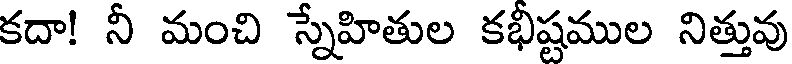
కదా! నీ మంచి స్నేహితుల కభీష్టముల నిత్తువు